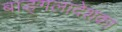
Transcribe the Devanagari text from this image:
बाङ्गलादेशका